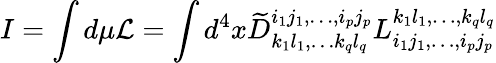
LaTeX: I=\int d\mu{\cal L}=\int d^{4}x\widetilde{D}_{k_{1}l_{1},\ldots k_{q}l_{q}}^{i_{1}j_{1},\ldots,i_{p}j_{p}}L_{i_{1}j_{1},\ldots,i_{p}j_{p}}^{k_{1}l_{1},\ldots,k_{q}l_{q}}